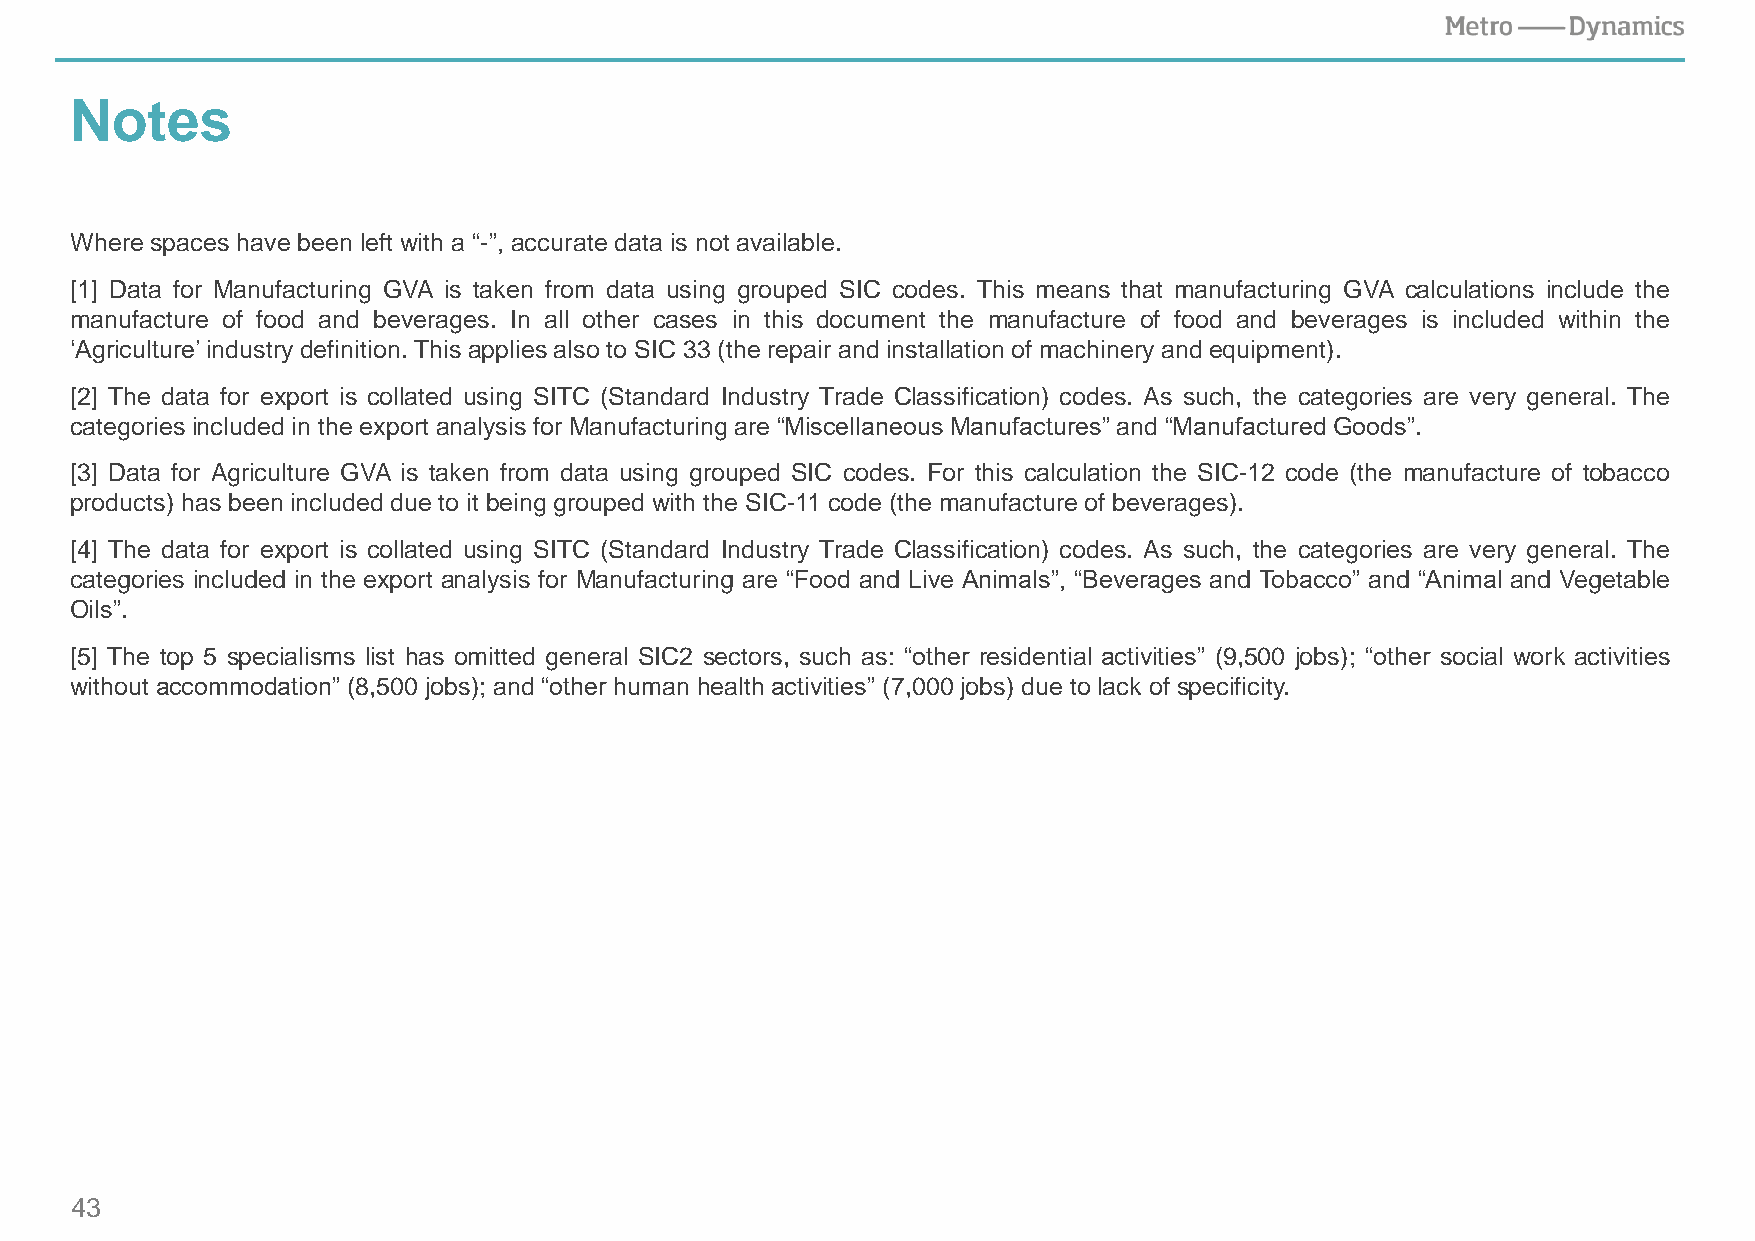
Notes
 Where spaces have been left with a “-”, accurate data is not available.
 [1] Data for Manufacturing GVA is taken from data using grouped SIC codes. This means that manufacturing GVA calculations include the
 manufacture of food and beverages. In all other cases in this document the manufacture of food and beverages is included within the
 ‘Agriculture’industry definition.This applies also to SIC 33 (the repair and installationof machineryand equipment).
 [2] The data for export is collated using SITC (Standard Industry Trade Classification) codes. As such, the categories are very general. The
 categories includedin the export analysis for Manufacturing are “Miscellaneous Manufactures” and “ManufacturedGoods”.
 [3] Data for Agriculture GVA is taken from data using grouped SIC codes. For this calculation the SIC-12 code (the manufacture of tobacco
 products) has been includeddue to it beinggrouped with the SIC-11 code (the manufacture of beverages).
 [4] The data for export is collated using SITC (Standard Industry Trade Classification) codes. As such, the categories are very general. The
 categories included in the export analysis for Manufacturing are “Food and Live Animals”, “Beverages and Tobacco” and “Animal and Vegetable
 Oils”.
 [5] The top 5 specialisms list has omitted general SIC2 sectors, such as: “other residential activities” (9,500 jobs); “other social work activities
 without accommodation” (8,500 jobs); and “other humanhealth activities” (7,000 jobs) due to lack of specificity.
 43